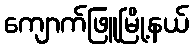
ကျောက်ဖြူမြို့နယ်